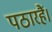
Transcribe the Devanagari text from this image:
पठारहैं।